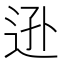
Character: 𨒓